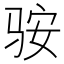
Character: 䯃